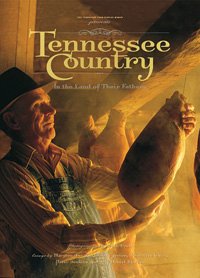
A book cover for Tennessee Country: In the Land of Their Fathers; Tennessee Farm Bureau Women; Travel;